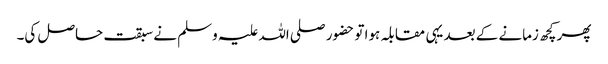
پھر کچھ زمانے کے بعد یہی مقابلہ ہوا تو حضور صلی اللہ علیہ وسلم نے سبقت حاصل کی۔